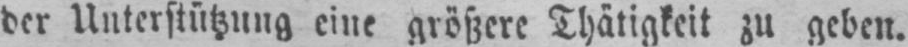
der Unterstützung eine größere Thätigkeit zu geben.